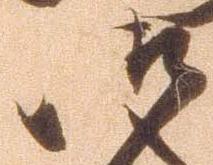
御